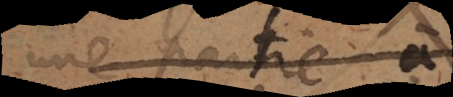
une partie à